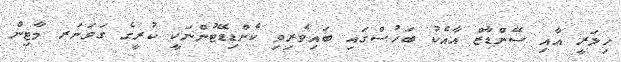
ހިލަރީ އާއި ސޭންޑާޒް އާއެކު ބަހުސްގައި ބައިވެރިވި ކެންޑިޑޭޓުންނަކީ ކުރީގެ ގަވަނަރ މާޓިން